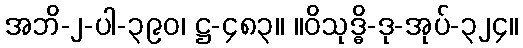
အဘိ-၂-ပါ-၃၉၀၊ ဋ္ဌ-၄၈၃။ ။ဝိသုဒ္ဓိ-ဒု-အုပ်-၃၂၄။